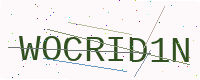
Text: WOCRID1N